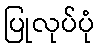
ပြုလုပ်ပုံ